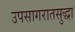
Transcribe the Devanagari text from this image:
उपसागरातसुद्धा